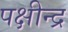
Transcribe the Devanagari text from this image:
पक्षीन्द्र